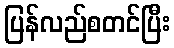
ပြန်လည်စတင်ပြီး